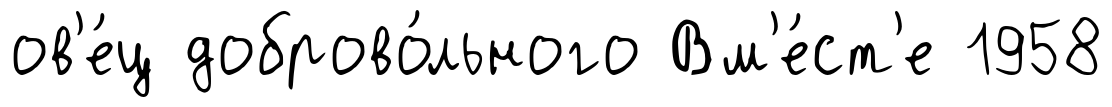
ов'е́ц доброво́льного Вм'е́ст'е 1958